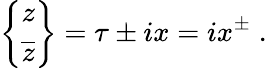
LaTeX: \left\{ \begin{array}{c}{{z}}\\ {{\overline{{z}}}}\end{array}\right\} =\tau\pm ix=ix^{\pm}\; .